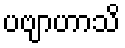
ပဗျာဟာသိ